Report of the Indian Hemp Drugs Commission, 1894-1895 - Volume V
Year: 1894
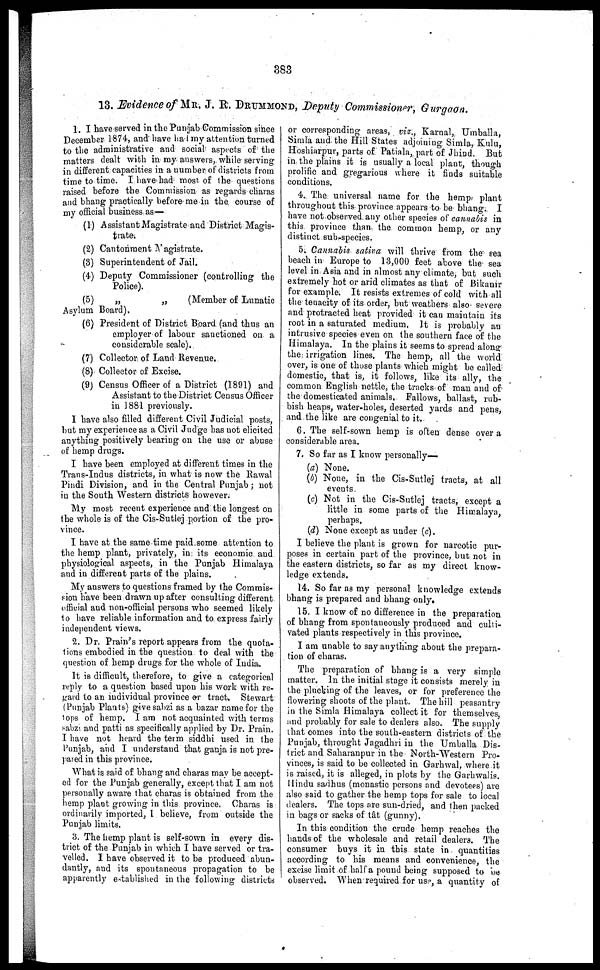
383
13. Evidence of MR. J. R. DRUMMOND, Deputy Commissioner, Gurgaon.
1. I have served in the Punjab Commission since
December 1874, and have had my attention turned
to the administrative and social aspects of the
matters dealt with in my answers, while serving
in different capacities in a number of districts from
time to time. I have had most of the questions
raised before the Commission as regards charas
and bhang practically before me in the course of
my official business as—
(1) Assistant Magistrate and District Magis-
trate.
(2) Cantonment Magistrate.
(8) Superintendent of Jail.
(4) Deputy Commissioner (controlling the
Police).
(5)
„
„
(Member of Lunatic
Asylum Board).
(6) President of District Board (and thus an
employer of labour sanctioned on a
considerable scale).
(7) Collector of Laud Revenue.
(8) Collector of Excise.
(9) Census Officer of a District (1891) and
Assistant to the District Census Officer
in 1881 previously.
1 have also filled different Civil Judicial posts,
but my experience as a Civil Judge has not elicited
anything positively bearing on the use or abuse
of hemp drugs.
I have been employed at different times in the
Trans-Indus districts, in what is now the Rawal
Pindi Division, and in the Central Punjab; not
in the South Western districts however.
My most recent experience and the longest on
the whole is of the Cis-Sutlej portion of the pro-
vince.
I have at the same time paid some attention to
the hemp plant, privately, in its economic and
physiological aspects, in the Punjab Himalaya
and in different parts of the plains.
My answers to questions framed by the Commis-
sion have been drawn up after consulting different
official and non-official persons who seemed likely
to have reliable information and to express fairly
independent views.
2. Dr. Plain's report appears from the quota-
lions embodied in the question to deal with the
question of hemp drugs for the whole of India.
It is difficult, therefore, to give a categorical
reply to a question based upon his work with re-
gard to an individual province or tract. Stewart
(Punjab Plants) give sahzi as a bazar name for the
tops of hemp. I am not acquainted with terms
sabzi and patti as specifically applied by Dr. Prain.
I have not heard the term siddhi used in the
Punjab, and I understand that ganja is not pre-
pared in this province.
What is said of bhang and charas may be accept-
ed for the Punjab generally, except that I am not
personally aware that charas is obtained from the
hemp plant growing in this province. Charas is
ordinarily imported, I believe, from outside the
Punjab limits.
3. The hemp plant is self-sown in every dis-
trict of the Punjab in which I have served or tra-
velled. I have observed it to be produced abun-
dantly, and its spontaneous propagation to be
apparently established in the following districts
or corresponding areas, viz., Karnal, Umballa,
Simla and the Hill States adjoining Simla, Kulu,
Hoshiarpur, parts of Patiala, part of Jhind. But
in the plains it is usually a local plant, though
prolific and gregarious where it finds suitable
conditions.
4. The universal name for the hemp plant
throughout this province appears to be bhang. I
have not observed any other species of cannabis in
this province than the common hemp, or any
distinct sub-species.
5. Cannabis sativa will thrive from the sea
beach in Europe to 13,000 feet above the sea
level in Asia and in almost any climate, but such
extremely hot or arid climates as that of Bikanir
for example. It resists extremes of cold with all
the tenacity of its order, but weathers also severe
and protracted heat provided it can maintain its
root in a saturated medium. It is probably an
intrusive species even on the southern face of the
Himalaya. In the plains it seems to spread along
the irrigation lines. The hemp, all the world
over, is one of those plants which might be called
domestic, that is, it follows, like its ally, the
common English nettle, the tracks of man and of
the domesticated animals. Fallows, ballast, rub-
bish heaps, water-holes, deserted yards and pens,
and the like are congenial to it.
6. The self-sown hemp is often dense over a
considerable area.
7. So far as I know personally—
(a) None.
(b) None, in the Cis-Sutlej tracts, at all
events.
(c) Not in the Cis-Sutlej tracts, except a
little in some parts of the Himalaya,
perhaps,
(d) None except as under (c).
I believe the plant is grown for narcotic pur-
poses in certain part of the province, but not in
the eastern districts, so far as my direct know-
ledge extends.
14. So far as my personal knowledge extends
bhang is prepared and bhang only.
15. I know of no difference in the preparation
of bhang from spontaneously produced and culti-
vated plants respectively in this province.
I am unable to say anything about the prepara-
tion of charas.
The preparation of bhang is a very simple
matter. In the initial stage it consists merely in
the plucking of the leaves, or for preference the
flowering shoots of the plant. The hill peasantry
in the Simla Himalaya collect it for themselves,
and probably for sale to dealers also. The supply
that comes into the south-eastern districts of the
Punjab, throught Jagadhri in the Umballa Dis-
trict and Saharanpur in the North-Western Pro-
vinces, is said to be collected in Garhwal, where it
is raised, it is alleged, in plots by the Garhwalis.
Hindu sadhus (monastic persons and devotees) are
also said to gather the hemp tops for sale to local
dealers. The tops are sun-dried, and then packed
in bags or sacks of tât (gunny).
In this condition the crude hemp reaches the
hands of the wholesale and retail dealers. The
consumer buys it in this state in quantities
according to his means and convenience, the
excise limit of half a pound being supposed to be
observed. When required for use, a quantity of